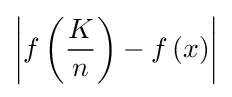
\left|f\left({\frac {K}{n}}\right)-f\left(x\right)\right|